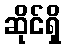
ဆိုင်ရှိ